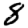
Digit: 8